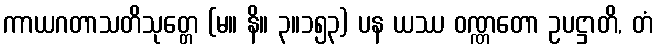
ကာယဂတာသတိသုတ္တေ (မ။ နိ။ ၃။၁၅၃) ပန ယဿ ဝဏ္ဏတော ဥပဋ္ဌာတိ, တံ